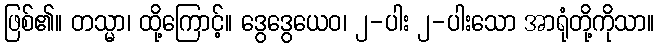
ဖြစ်၏။ တသ္မာ၊ ထို့ကြောင့်။ ဒွေဒွေယေဝ၊ ၂-ပါး ၂-ပါးသော အာရုံတို့ကိုသာ။